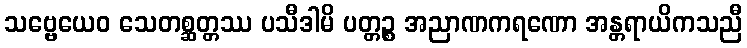
သဗ္ဗေယေဝ သေတစ္ဆတ္တဿ ပသီဒါမိ ပတ္တဉ္စ အညာဏကရဏော အန္တရာယိကသညီ